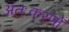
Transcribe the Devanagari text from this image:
अंतःकरणों